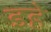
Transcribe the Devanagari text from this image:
इहे